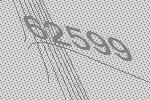
62599